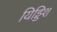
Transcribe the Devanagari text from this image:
यिड्डिश